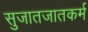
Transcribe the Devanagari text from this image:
सुजातजातकर्म